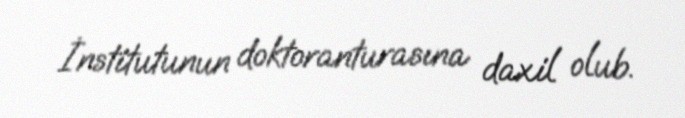
İnstitutunun doktoranturasına daxil olub.